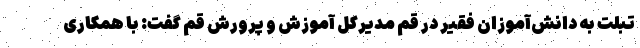
تبلت به دانش‌آموزان فقیر در قم مدیرکل آموزش و پرورش قم گفت: با همکاری